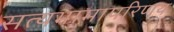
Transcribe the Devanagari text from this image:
सत्यभामापरिणय